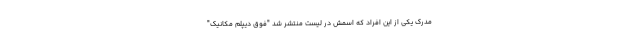
مدرک یکی از این افراد که اسمش در لیست منتشر شد "فوق دیپلم مکانیک"